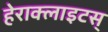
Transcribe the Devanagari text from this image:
हेराक्लाइटस्